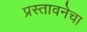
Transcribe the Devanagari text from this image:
प्रस्तावनेचा